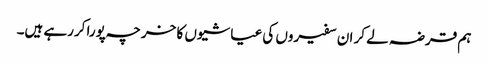
ہم قرضہ لے کر ان سفیروں کی عیاشیوں کا خرچہ پورا کررہے ہیں۔